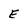
Character: E